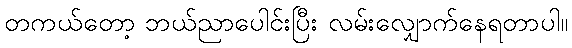
တကယ်တော့ ဘယ်ညာပေါင်းပြီး လမ်းလျှောက်နေရတာပါ။